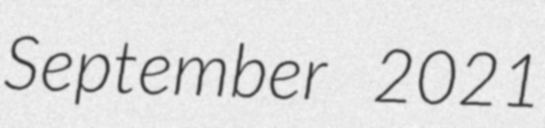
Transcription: September 2021